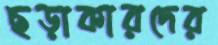
ছড়াকারদের